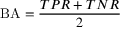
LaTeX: \mathrm { B A } = { \frac { T P R + T N R } { 2 } }